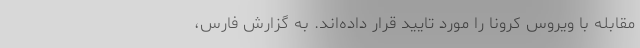
مقابله با ویروس کرونا را مورد تایید قرار داده‌اند. به گزارش فارس،